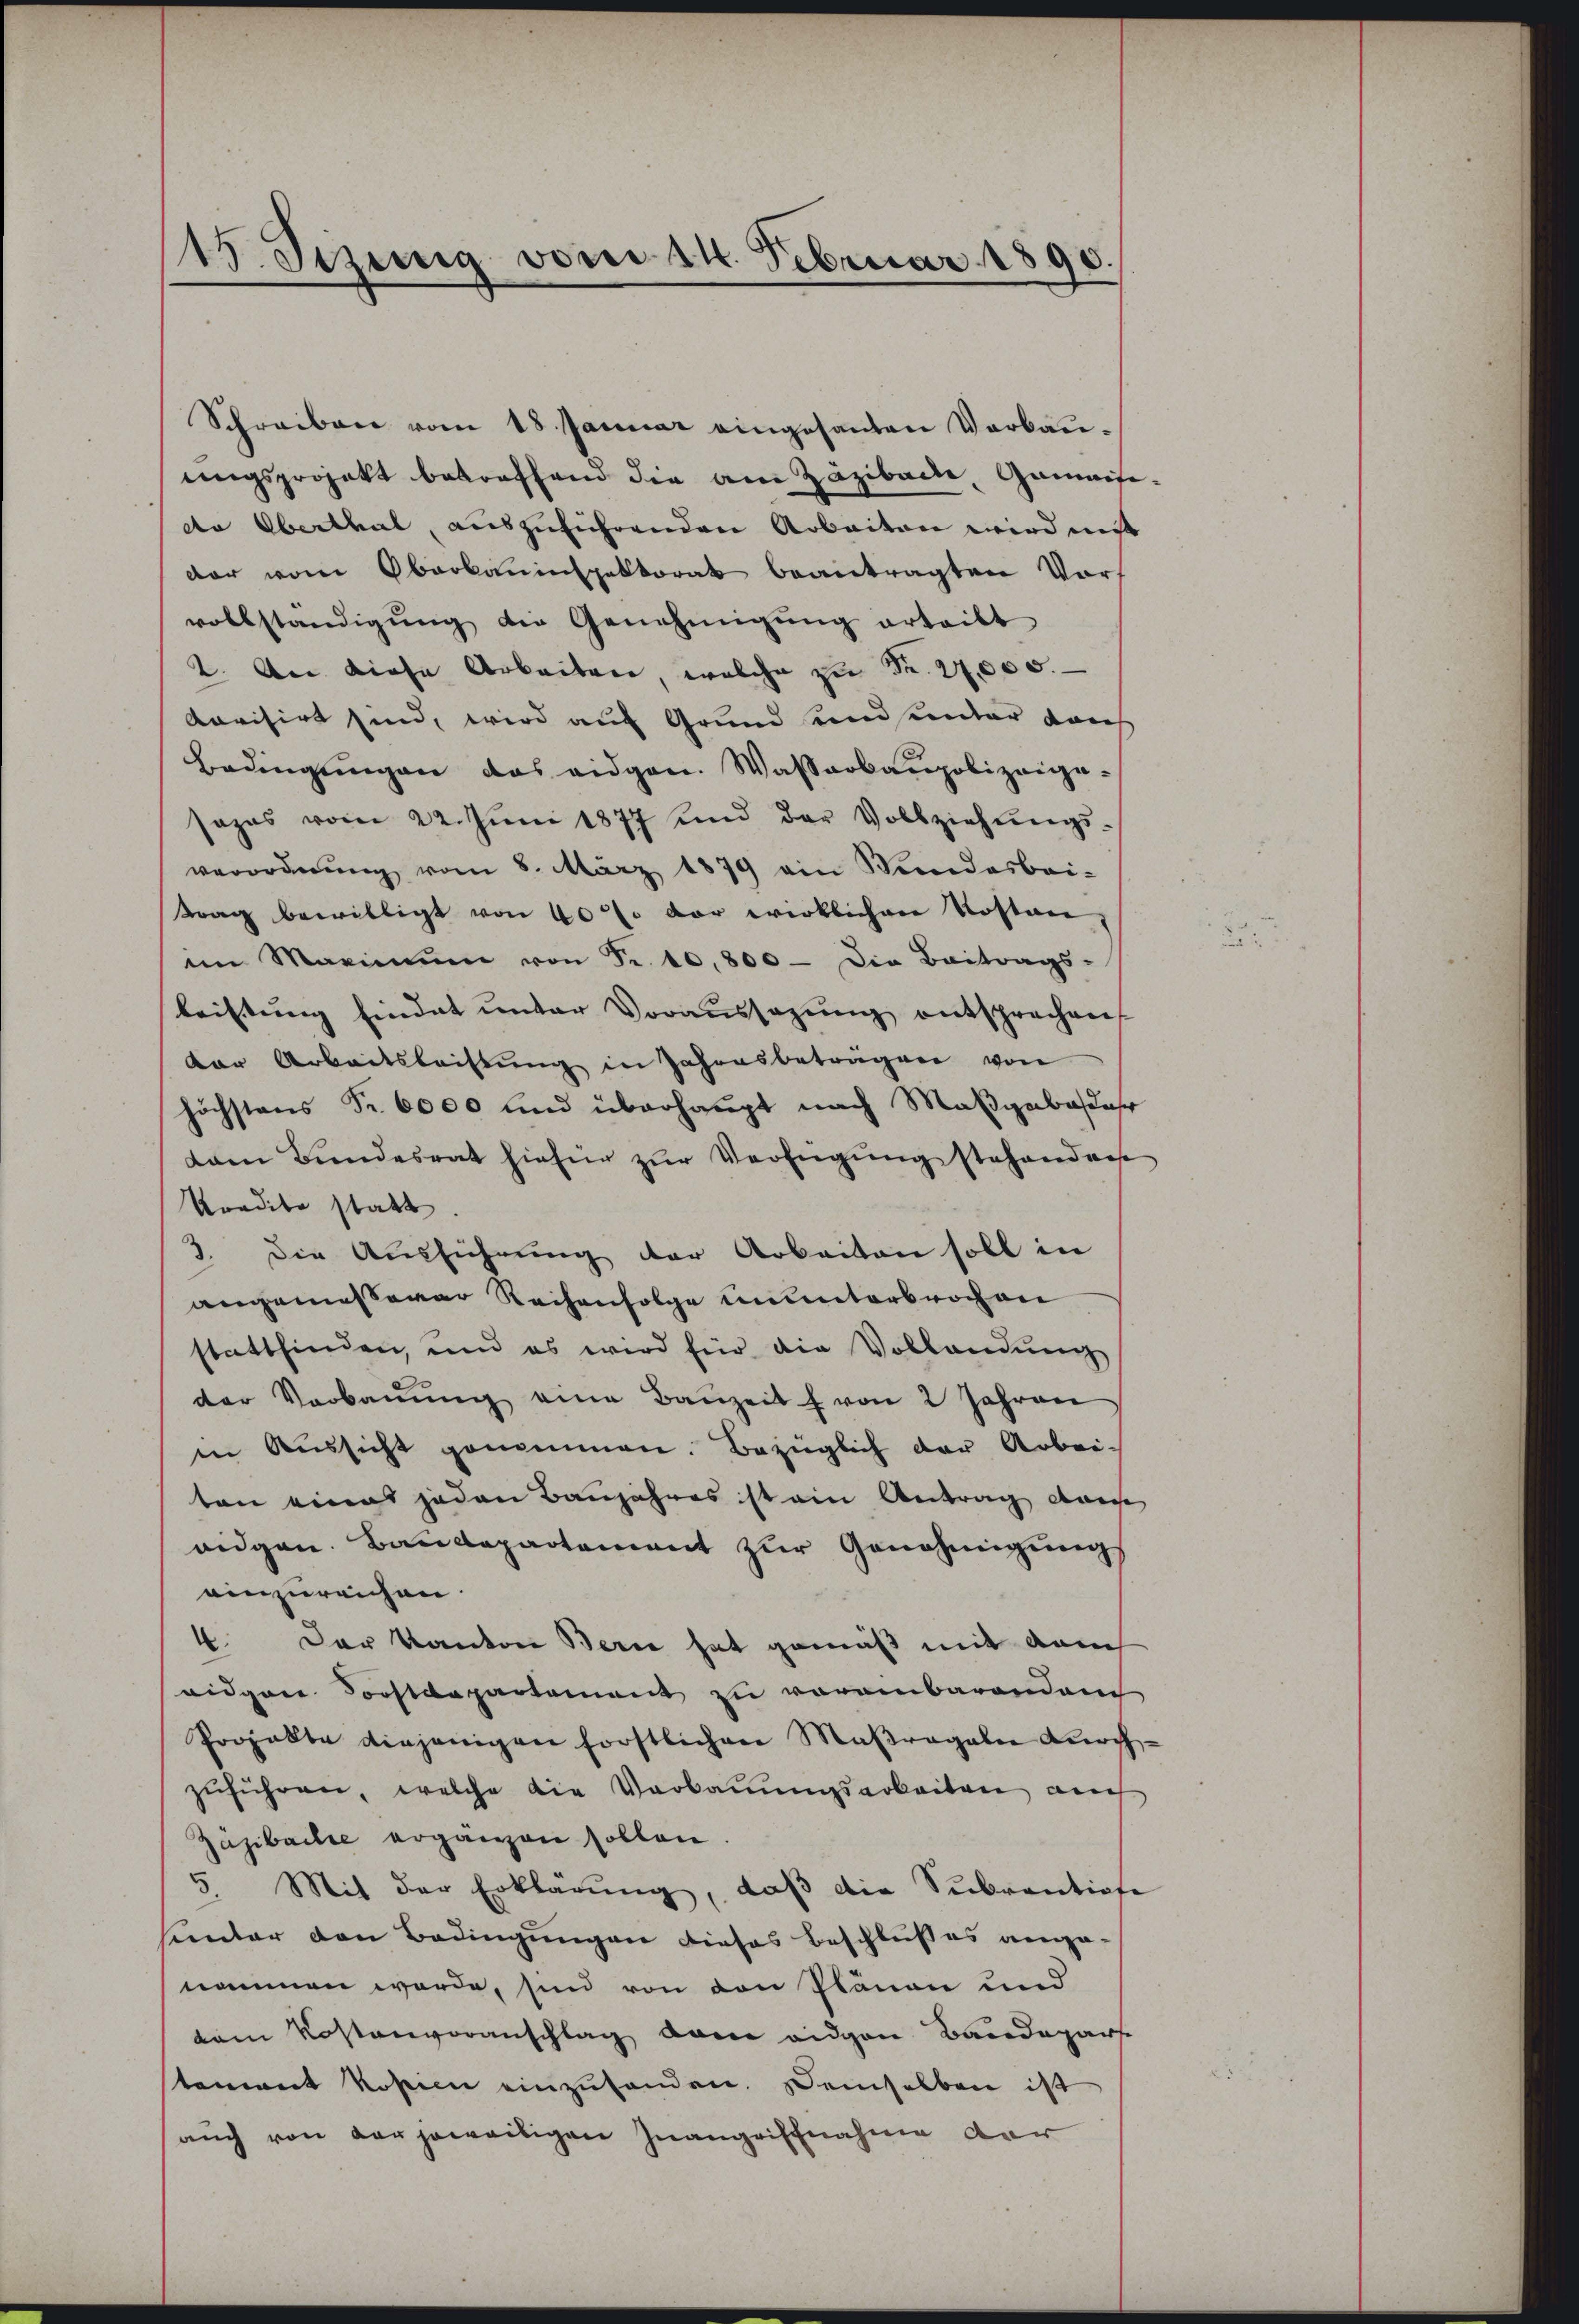
115. Sezung vom 14. Februar 1890.

Schreiben vom 18. Januar eingesanten Verbaŭ-
ungsprojekt betreffend die am Zäzibache, Gamaiside Oberthal, auszuführenden Arbeiten wird mit
dar vom Oberbauinspektorat beantragten Vors
vollständigŭng die Genehmigŭng erteilt
2. An diese Arbeiten, welche zu Fr. 27,000.
Aovisirt sind, wird auf Grund und unter dans
Bedingŭngen das eidgen. Wasserbaupolizeigesazes vom 22. Jŭni 1877 und der Vollziehŭngs-
verordnŭng vom 8. März 1879 ein Wundesbei-
trag bewilligt von 40% der wirklichen Kosten,
im Maximum von Fr. 10,800 die Beitrags-
leistŭng findet unter Voraussagŭng entsprechen
dar Arbeitsbeitŭng in Jahresbeträgen von
höchstens Nr. 6000 und überhaupt nach Maßgabosehr
dam Bundesrat hiefür zŭr Verfügŭng stehendes
Kredite statt
3. Die Aŭsführŭng der Arbeiten soll in
angemesserer Reihenfolge ununterbrochen
stattfinden, und es wird für die Vollandŭng
der Verbaŭŭng eine Bauzeit f von 2 Jahren
in Aŭssicht genommen. Bezüglich der Arbei-
ten eines jeden Banjahres ist ein Antrag dar
ridgen. Baudepartement zur Genehmigungs
einzureichen.
4. Der Kanton Berne hat gemäß mit dem
eidgene Forstdepartement zu voreinbarendem
Projekte diejenigen forstlichen Maβragale Lerch-
zŭführen, welche die Verbauungsarbeiten auch
Zägibache ergänzen sollen
5. Mit der Erklärŭng, daβ die Sŭbventione
sunter den Bedingungen dieses Beschlußes angenommen werde, sind von den Plänen und
dem Kostenvoranschlag dem eidgen Baudeparte
tement kosten einzŭsenden. Demselben ist
auch von der jeweiligen Inangriffnahme der